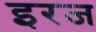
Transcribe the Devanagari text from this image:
इरज